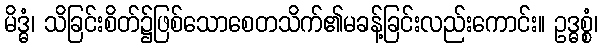
မိဒ္ဓံ၊ သိခြင်းစိတ်၌ဖြစ်သောစေတသိက်၏မခန့်ခြင်းလည်းကောင်း။ ဥဒ္ဓစ္စံ၊